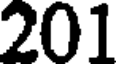
201